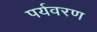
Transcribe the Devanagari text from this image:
पर्यवरण